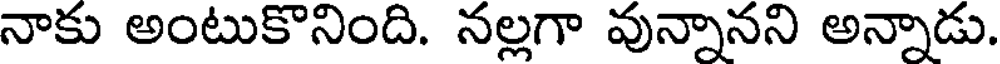
నాకు అంటుకొనింది. నల్లగా వున్నానని అన్నాడు.